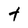
Character: t